Code of medical and sanitary regulations for the guidance of medical officers serving in the Madras Presidency - Volume II
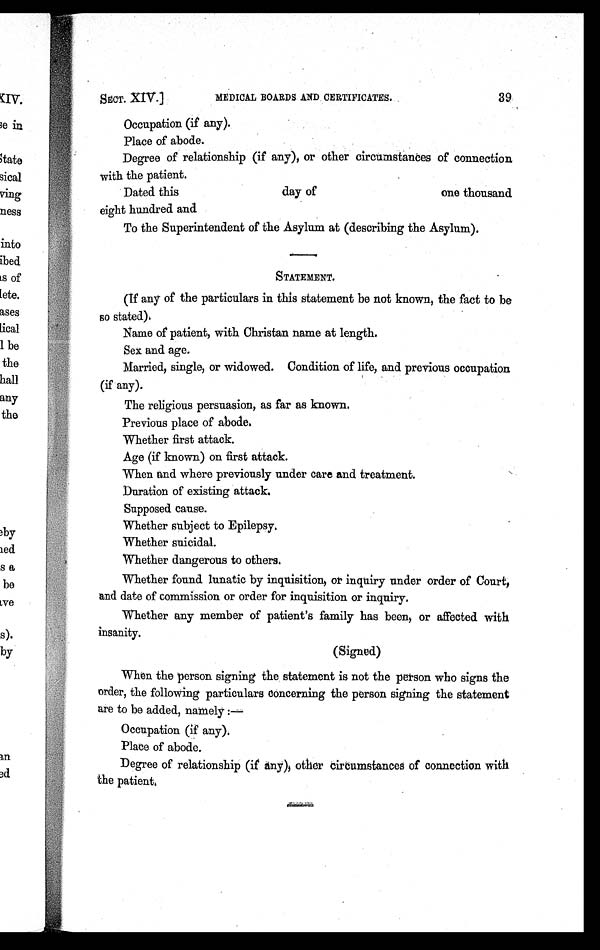
SECT. XIV.]
MEDICAL BOARDS AND CERTIFICATES.
39
Occupation (if any).
Place of abode.
Degree of relationship (if any), or other circumstances of connection
with the patient.
Dated this
day of
one thousand
eight hundred and
To the Superintendent of the Asylum at (describing the Asylum).
STATEMENT.
(If any of the particulars in this statement be not known, the fact to be
so stated).
Name of patient, with Christan name at length.
Sex and age.
Married, single, or widowed. Condition of life, and previous occupation
(if any).
The religious persuasion, as far as known.
Previous place of abode.
Whether first attack.
Age (if known) on first attack.
When and where previously under care and treatment.
Duration of existing attack.
Supposed cause.
Whether subject to Epilepsy.
Whether suicidal.
Whether dangerous to others,
Whether found lunatic by inquisition, or inquiry under order of Court,
and date of commission or order for inquisition or inquiry.
Whether any member of patient's family has been, or affected with
insanity.
(Signed)
When the person signing the statement is not the person who signs the
order, the following particulars concerning the person signing the statement
are to be added, namely :—
Occupation (if any).
Place of abode.
Degree of relationship (if any), other circumstances of connection with
the patient.